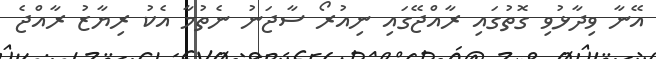
އޭނާ ވިދާޅުވި ގޮތުގައި ރާއްޖޭގައި ނިއުރޯ ސާޖަނު ނެތުމާ އެކު ރިޔާޒު ރާއްޖެ